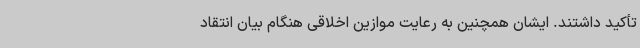
تأکید داشتند. ایشان همچنین به رعایت موازین اخلاقی هنگام بیان انتقاد